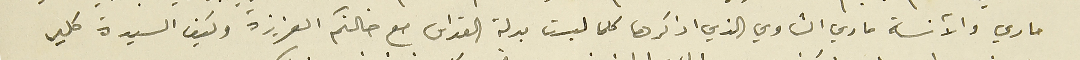
ماري والآنسة ماري الشاوي الذي اذكرها كلما لبست بدلة القداس مع خالتكم العزيزة وكيف السيدة كلير